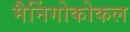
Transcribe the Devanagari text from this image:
मैनिंगोकोकल